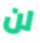
لن